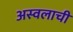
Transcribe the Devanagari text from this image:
अस्वलाची